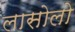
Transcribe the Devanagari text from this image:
लासोलो